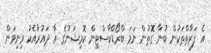
އެ ފަރާތްތަކުން ބުނާ ގޮތުން ނަމަ ބްރޯޑްކާސްޓިން ކޮމިޝަނުގެ އާ ދައުރާއެކު މިނިވަން